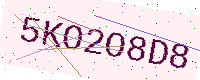
Text: 5KO2O8D8